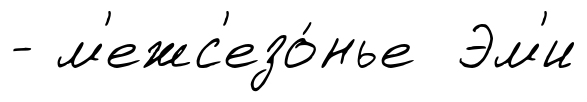
- м'ежс'езо́нье Эм'и